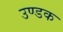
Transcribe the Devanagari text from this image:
उण्डक